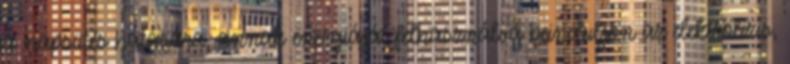
a napsütés hatására, annak energiáját felhasználva beinduljon az elektrolízis,